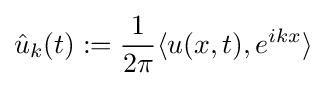
{\hat {u}}_{k}(t):={\frac {1}{2\pi }}\langle u(x,t),e^{ikx}\rangle